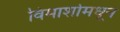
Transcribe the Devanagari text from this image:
विमार्शामधून